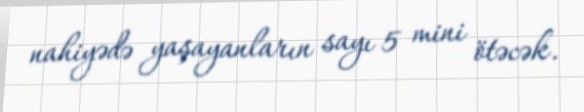
nahiyədə yaşayanların sayı 5 mini ötəcək.